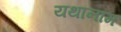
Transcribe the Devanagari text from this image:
यथानाम